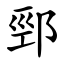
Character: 䣆